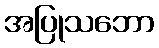
အပြုသဘော